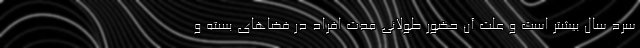
سرد سال بیشتر است و علت آن حضور طولانی مدت افراد در فضاهای بسته و